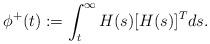
LaTeX: \begin{align*}\phi^{+}(t):=\int^{\infty}_{t} H(s)[H(s)]^T ds .\end{align*}